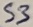
Text: S3